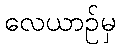
လေယာဉ်မှ